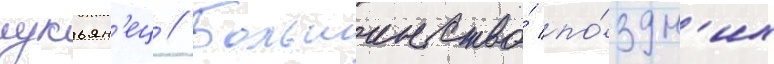
лукьян'ец // Большинство́ по́здн'их